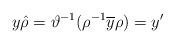
LaTeX: \begin{align*} y\hat{\rho}=\vartheta^{-1}(\rho^{-1}\overline{y}\rho)=y'\end{align*}